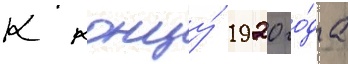
К концу́ 1920 го́да